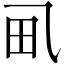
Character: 𱰤